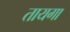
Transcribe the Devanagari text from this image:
तायगा